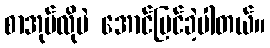
စာအုပ်လိုပဲ အောင်မြင်ခဲ့ပါတယ်။